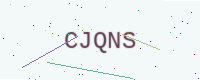
Text: CJQNS